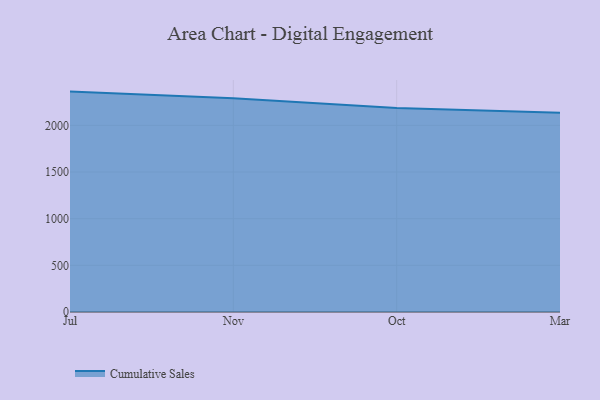
{"axis": {"x": "Month", "y": "Market Share (%)"}, "legend": ["Cumulative Sales"], "data": [{"x": "Jul", "y": 2362.0, "type": "Cumulative Sales"}, {"x": "Nov", "y": 2289.8, "type": "Cumulative Sales"}, {"x": "Oct", "y": 2186.1, "type": "Cumulative Sales"}, {"x": "Mar", "y": 2136.5, "type": "Cumulative Sales"}]}